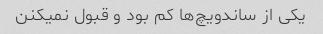
یکی از ساندویچ‌ها کم بود و قبول نمیکنن